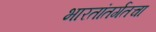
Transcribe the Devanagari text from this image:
भारतांतर्गतचा